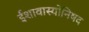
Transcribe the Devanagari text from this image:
ईशावास्योनिषद